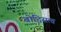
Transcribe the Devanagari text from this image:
बोद्धिसत्व